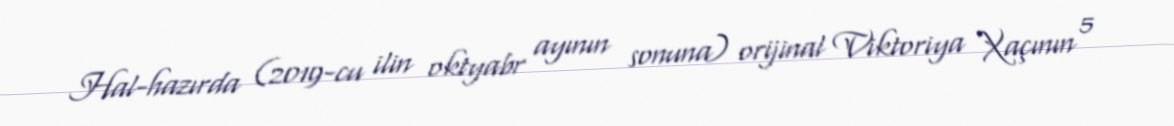
Hal-hazırda (2019-cu ilin oktyabr ayının sonuna) orijinal Viktoriya Xaçının 5